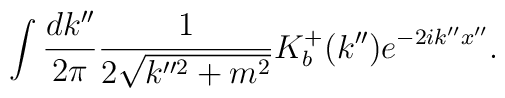
\int \frac{dk''}{2\pi}\frac{1}{2\sqrt{k''^2+m^2}}K_b^+(k'')e^{-2ik''x''}.